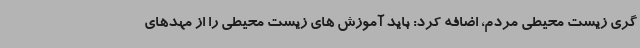
گری زیست محیطی مردم، اضافه کرد: باید آموزش های زیست محیطی را از مهدهای